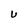
Character: U